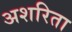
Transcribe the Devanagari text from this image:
अशरिता